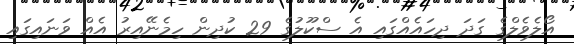
އޯލެވެލްގެ ގަދަ ދިހައެއްގައި އެ ސްކޫލުގެ 29 ކުދިން ހިމެނޭއިރު އެއް ވަނައިގައި